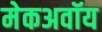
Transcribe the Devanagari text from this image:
मेकअवॉय